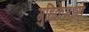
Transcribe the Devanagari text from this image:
गुहिकेमध्ये